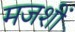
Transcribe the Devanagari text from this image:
मजशीं